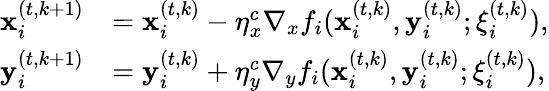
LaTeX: \begin{array}{rl}{{\mathbf{x}_{i}^{(t,k+1)}}}&{={\mathbf{x}_{i}^{(t,k)}}-\eta_{x}^{c}\nabla_{x}f_{i}({\mathbf{x}_{i}^{(t,k)}},{\mathbf{y}_{i}^{(t,k)}};{\xi_{i}^{(t,k)}}),}\\ {{\mathbf{y}_{i}^{(t,k+1)}}}&{={\mathbf{y}_{i}^{(t,k)}}+\eta_{y}^{c}\nabla_{y}f_{i}({\mathbf{x}_{i}^{(t,k)}},{\mathbf{y}_{i}^{(t,k)}};{\xi_{i}^{(t,k)}}),}\end{array}